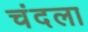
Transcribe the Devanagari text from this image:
चंदला